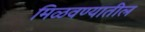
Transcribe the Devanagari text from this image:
मिळवण्यातील